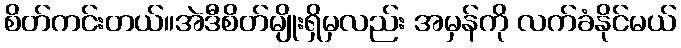
စိတ်ကင်းတယ်။အဲဒီစိတ်မျိုးရှိမှလည်း အမှန်ကို လက်ခံနိုင်မယ်